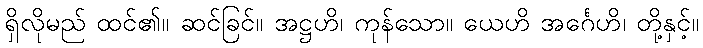
ရှိလိုမည် ထင်၏။ ဆင်ခြင်။ အဋ္ဌဟိ၊ ကုန်သော။ ယေဟိ အင်္ဂေဟိ၊ တို့နှင့်။